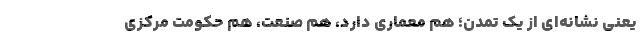
یعنی نشانه‌ای از یک تمدن؛ هم معماری دارد، هم صنعت، هم حکومت مرکزی